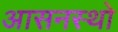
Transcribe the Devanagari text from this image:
आसनस्थो